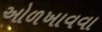
ઓળખાવવા